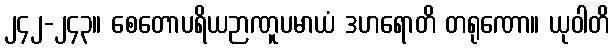
၂၄၂-၂၄၃။ စေတောပရိယဉာဏူပမာယံ ဒဟရောတိ တရုဏော။ ယုဝါတိ